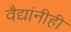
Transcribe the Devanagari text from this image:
वैद्यांनीही